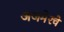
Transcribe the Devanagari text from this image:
अजमेरचे